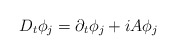
\begin{align*}D_t\phi_j=\partial_t\phi_j+iA\phi_j\end{align*}